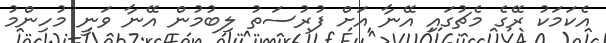
އެކަމަކު ރޭގެ މެޗުގައި އޭނާ އަށް ފުރުސަތު ލިބުމުން އޭނާ ވަނީ މުހިންމު